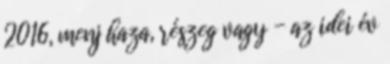
2016, menj haza, részeg vagy - az idei év